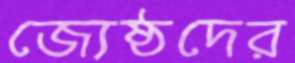
জ্যেষ্ঠদের